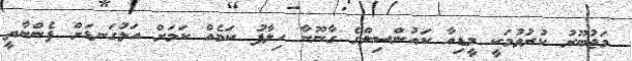
މަޖުބޫރު ކުރުވުމަކީ މީޑިއާ ކައުންސިލްގެ ގާނޫނާ ހިލާފު ކަމެއް ކަމަށް އަޅުގަނޑަށް ފެންނާތީ